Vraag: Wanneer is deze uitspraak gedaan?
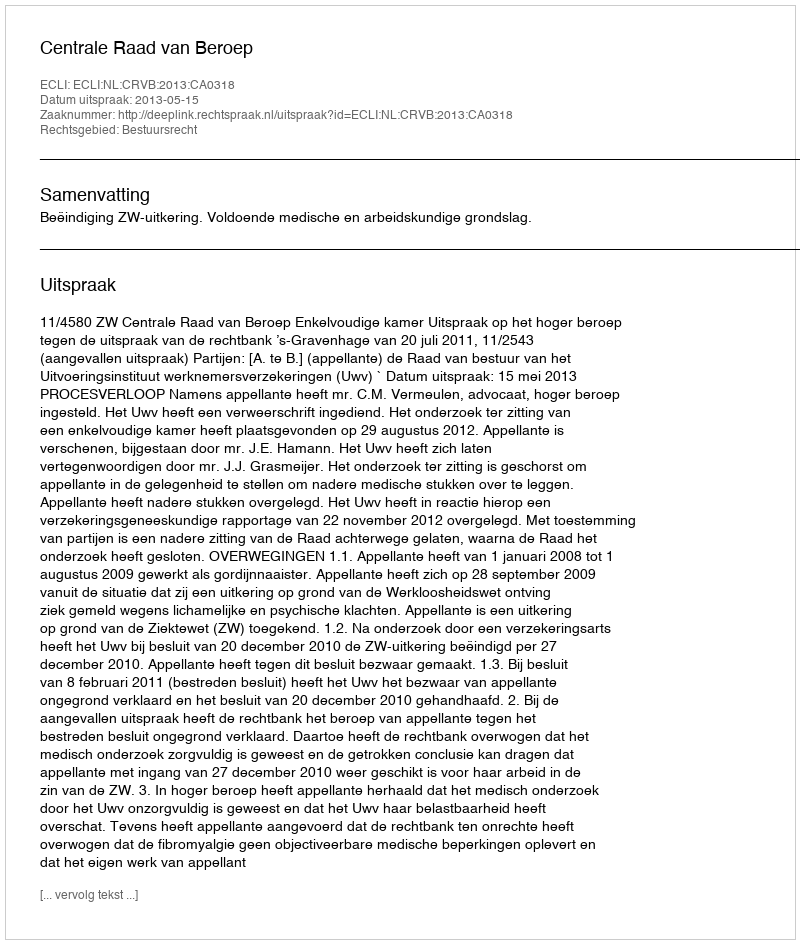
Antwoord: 2013-05-15